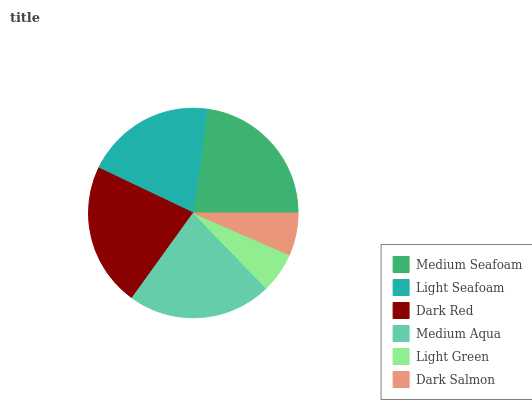
| Medium Seafoam | Light Seafoam | Dark Red | Medium Aqua | Light Green | Dark Salmon |
 | --- | --- | --- | --- | --- | --- |
 | 22.9% | 20.1% | 22.1% | 22.1% | 6.21% | 6.54% |